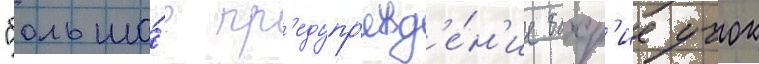
"большо́е пр'едупр'ежд'е́н'ие бахр'ие учок